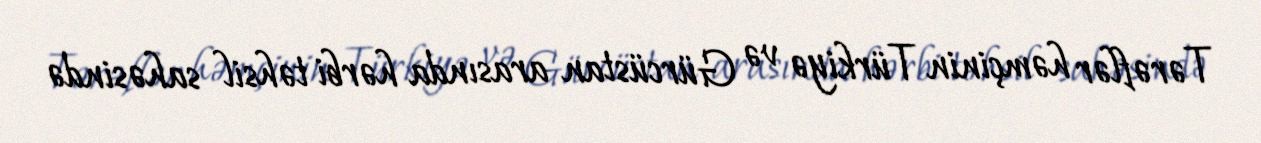
Tərəflər həmçinin Türkiyə və Gürcüstan arasında hərbi təhsil sahəsində